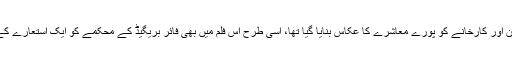
جس طرح پچھلی فلمز میں دُکان اور کارخانے کو پورے معاشرے کا عکّاس بنایا گیا تھا، اسی طرح اس فلم میں بھی فائر بریگیڈ کے محکمے کو ایک استعارے کے طور پر استعمال کیا گیا ہے۔